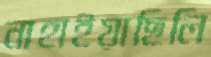
নাহাইয়াছিলি